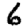
Digit: 6